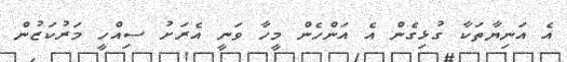
އެ އަނިޔާތަކާ ގުޅިގެން އެ އަންހެން މީހާ ވަނީ އެރަށު ސިއްހީ މަރުކަޒުން